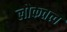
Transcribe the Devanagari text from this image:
लोकतत्त्व